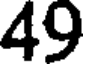
49